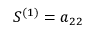
S ^ { ( 1 ) } = a _ { 2 2 }